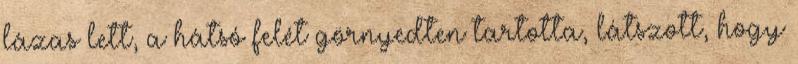
lázas lett, a hátsó felét görnyedten tartotta, látszott, hogy